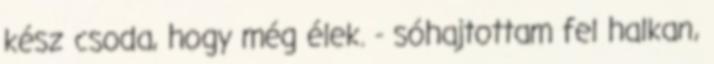
kész csoda, hogy még élek. - sóhajtottam fel halkan,